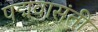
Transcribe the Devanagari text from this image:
पद्मवासंती